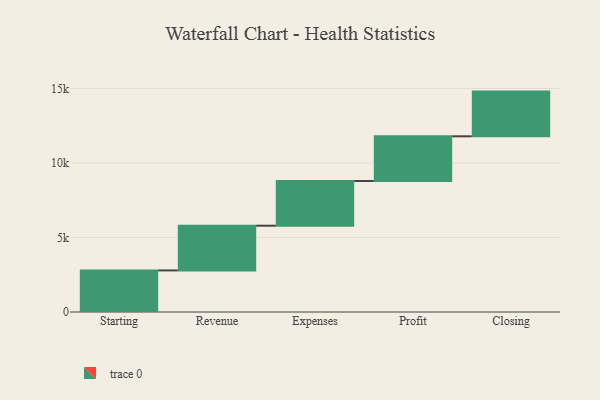
{"axis": {"x": "Step", "y": "Value"}, "legend": [""], "data": [{"x": "Starting", "y": 2791.0, "type": ""}, {"x": "Revenue", "y": 3000, "type": ""}, {"x": "Expenses", "y": 3000, "type": ""}, {"x": "Profit", "y": 3000, "type": ""}, {"x": "Closing", "y": 3000, "type": ""}]}